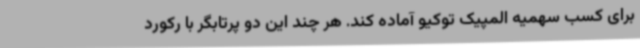
برای کسب سهمیه المپیک توکیو آماده کند. هر چند این دو پرتابگر با رکورد